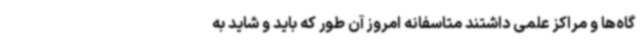
گاه‌ها و مراکز علمی داشتند متاسفانه امروز آن طور که باید و شاید به